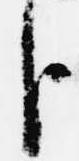
臣